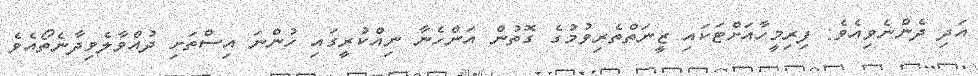
އަދި ދެންނެވިއެވެ: ފިރިމީހާއަށްޓަކައި ޒީނަތްތެރިވުމުގެ ގޮތުން އަންހެނާ ނިއްކުރީގައި ހުންނަ އިސްތަށި ދުއްވާލެވިދާނެތޯއެވެ